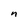
Character: n